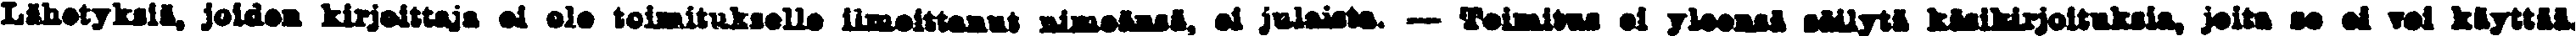
Lähetyksiä, joiden kirjoittaja ei ole toimitukslle ilmoittanut nimeänsä, ei julaista. — Toimitus ei yleensä säilytä käsikirjoituksia, joita se ei voi käyttää.